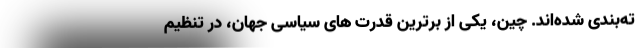
ته‌بندی شده‌اند. چین، یکی از برترین قدرت های سیاسی جهان، در تنظیم